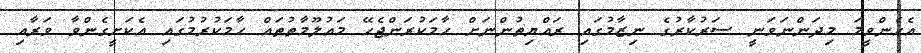
އެހެންވީމަ މިދަންނަވަނީ ސަރުކާރުގެ ނިޒާމުގައި ރައްޔިތުންނަށް ހާމަކުރަންޖެހޭ މައުލޫމާތުތައް ހާމަކުރުމުގައި އެކަށީގެންވާ ވަރާއި